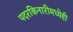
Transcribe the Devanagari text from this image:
पदरकिनारीमध्येही